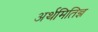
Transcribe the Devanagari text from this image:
अर्थमितिज्ञ